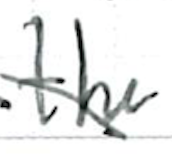
Text: the
Cross-out: diagonal
Writing tool: ballpoint